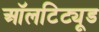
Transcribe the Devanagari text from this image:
ऑलटिट्यूड